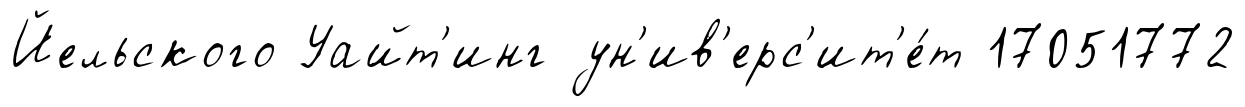
Йельского Уайт'инг ун'ив'ерс'ит'е́т 17051772